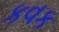
કવક